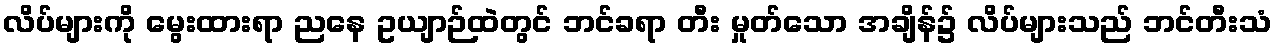
လိပ်များကို မွေးထားရာ ညနေ ဥယျာဉ်ထဲတွင် ဘင်ခရာ တီး မှုတ်သော အချိန်၌ လိပ်များသည် ဘင်တီးသံ